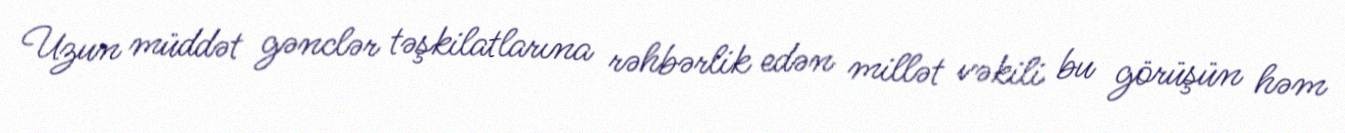
Uzun müddət gənclər təşkilatlarına rəhbərlik edən millət vəkili bu görüşün həm